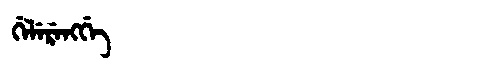
Manchu: ᡤᡝᠯᡝᡵᡝᠩᡤᡝ
Romanization: GELERENGGE